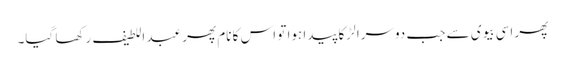
پھر اسی بیوی سے جب دوسرا لڑکا پیدا ہوا تو اس کا نام پھر عبد اللطیف رکھا گیا۔